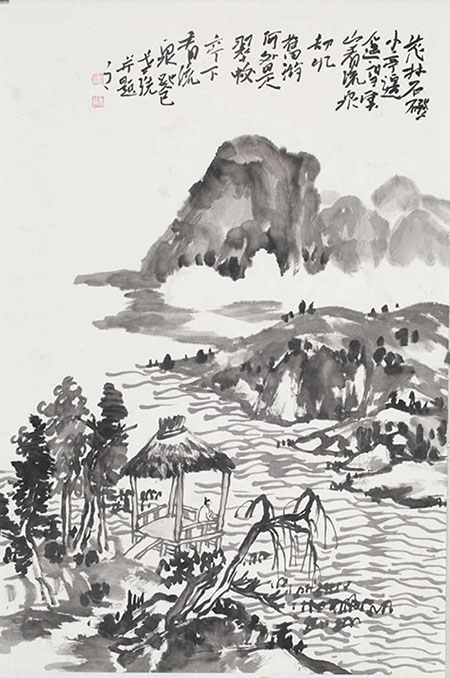
足不强则迹不远，锋不銛，则割不深。